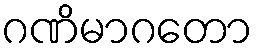
ဂဏိမာဂတော